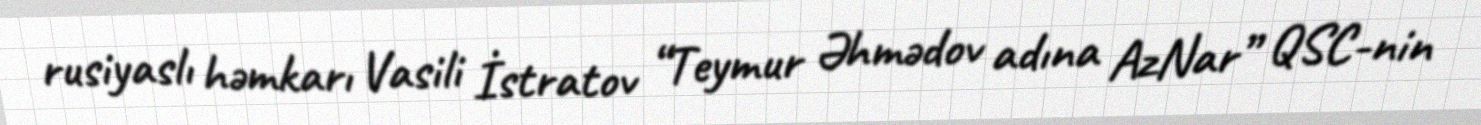
rusiyaslı həmkarı Vasili İstratov “Teymur Əhmədov adına AzNar” QSC-nin